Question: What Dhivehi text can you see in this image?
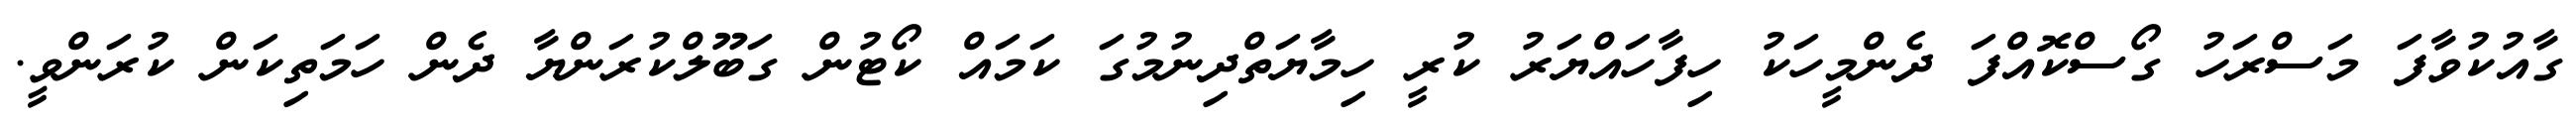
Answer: ގާއުކުވާފަ މަސްރަހު ގޯސްކޮއްފަ ދެންމީހަކު ހިފާހައްޔަރު ކުރީ ހިމާޔަތްދިނުމުގަ ކަމައް ކޯޓުން ގަބޫލްކުރަންޔާ ދެން ހަމަތިކަން ކުރަންވީ.